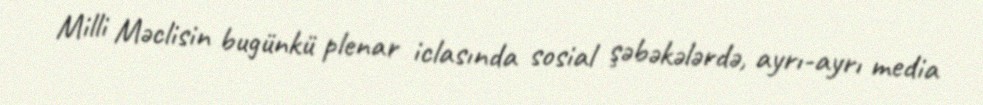
Milli Məclisin bugünkü plenar iclasında sosial şəbəkələrdə, ayrı-ayrı media